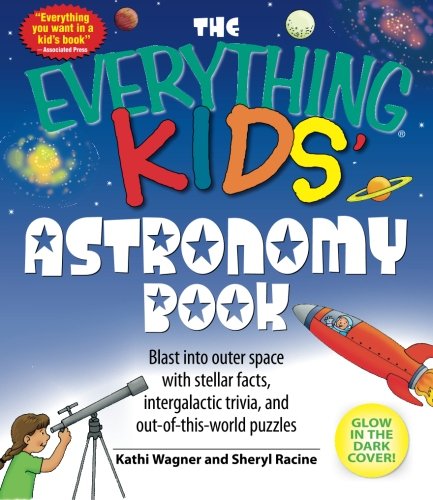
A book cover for The Everything Kids' Astronomy Book: Blast into outer space with stellar facts, intergalactic trivia, and out-of-this-world puzzles; Kathi Wagner; Science & Math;